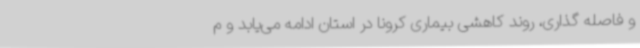
و فاصله گذاری، روند کاهشی بیماری کرونا در استان ادامه می‌یابد و م